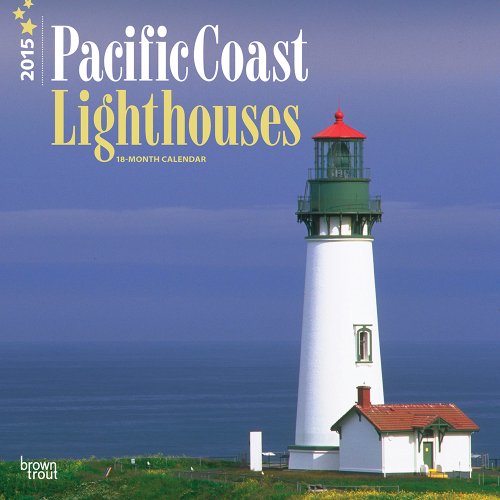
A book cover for Lighthouses, Pacific Coast 2015 Square 12x12 (Multilingual Edition); BrownTrout; Calendars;